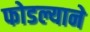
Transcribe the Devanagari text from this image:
फोडल्याने